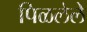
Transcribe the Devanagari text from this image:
पिळलेले